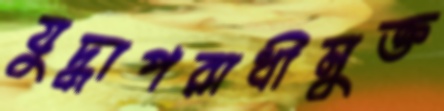
যুদ্ধাপরাধীমুক্ত